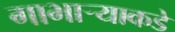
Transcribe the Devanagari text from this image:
गाभार्‍याकडे